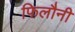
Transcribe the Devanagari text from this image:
फिलौनी